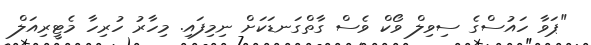
"ޕަވާ ހައުސްގެ ސިވިލް ވޯކް ވެސް ގާތްގަނޑަކަށް ނިމިފައި. މިހާރު ހުރިހާ މެޓީރިއަލް